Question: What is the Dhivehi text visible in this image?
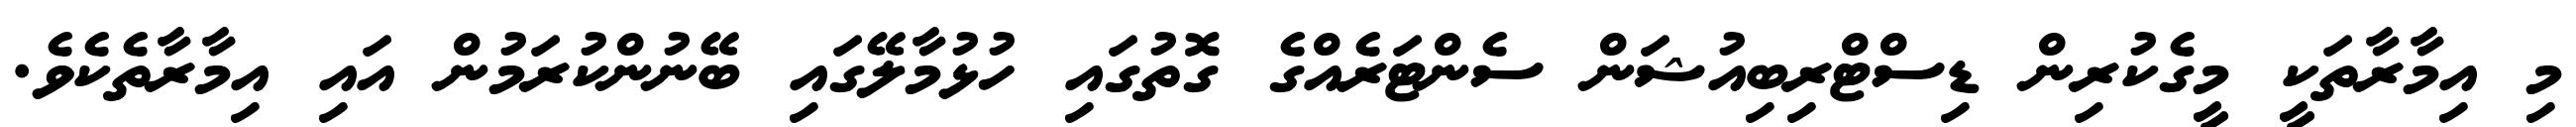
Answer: މި އިމާރާތަކީ މީގެކުރިން ޑިސްޓްރިބިއުޝަން ސެންޓަރެއްގެ ގޮތުގައި ހުޅުމާލޭގައި ބޭނުންކުރަމުން އައި އިމާރާތެކެވެ.